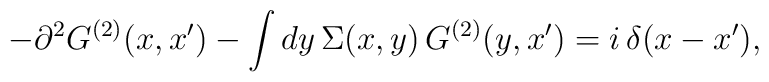
-\partial^2G^{(2)}(x,x')-\int dy\,\Sigma(x,y)\,G^{(2)}(y,x')=i\,\delta(x-x'),